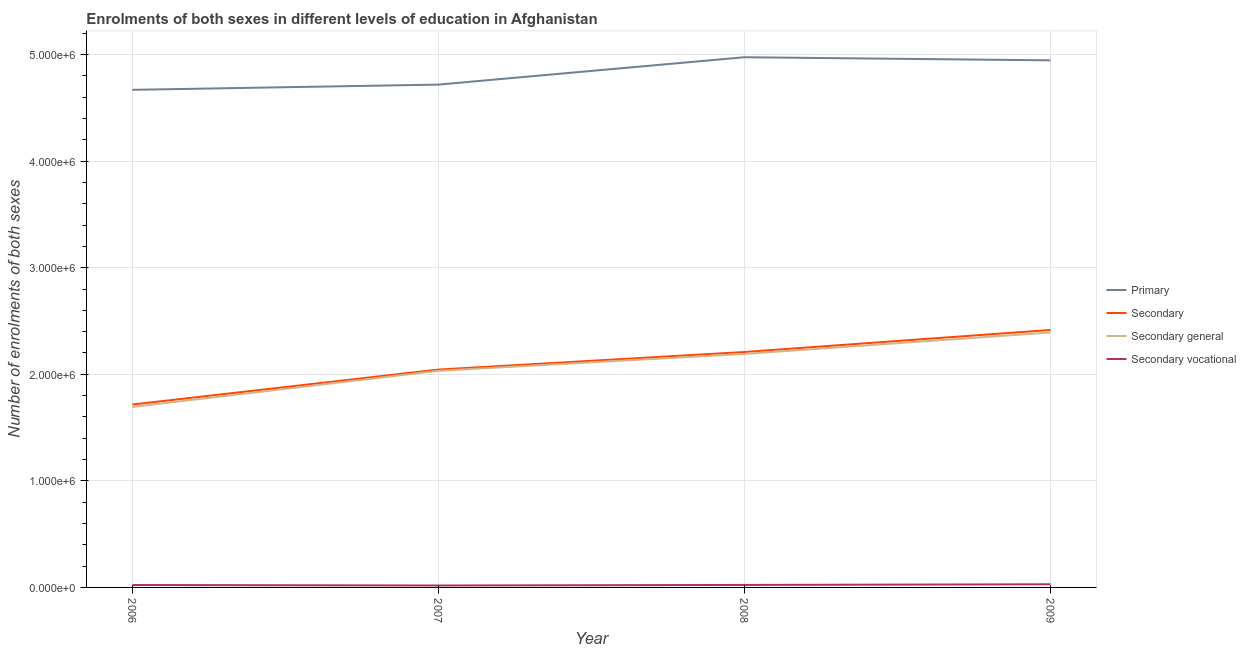
| Year | Primary | Secondary | Secondary general | Secondary vocational |
 | --- | --- | --- | --- | --- |
 | 2006 | 4.67e+06 | 1.72e+06 | 1.69e+06 | 2.27e+04 |
 | 2007 | 4.72e+06 | 2.04e+06 | 2.03e+06 | 1.81e+04 |
 | 2008 | 4.97e+06 | 2.21e+06 | 2.19e+06 | 2.34e+04 |
 | 2009 | 4.95e+06 | 2.42e+06 | 2.39e+06 | 2.95e+04 |